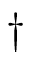
\dagger